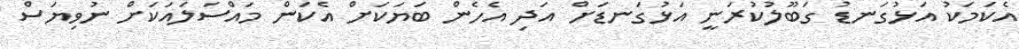
އެކަމަކު އަޅުގަނޑު ގަބޫލުކުރަނީ އަޅުގަނޑަށް އަދި އެހެން ބަޔަކަށް އެކަން މައްސަލައަކަށް ނުވިޔަސް